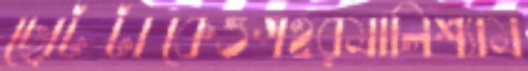
ছোটটাকেওগহরমালিশ্যাম